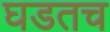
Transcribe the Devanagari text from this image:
घडतच